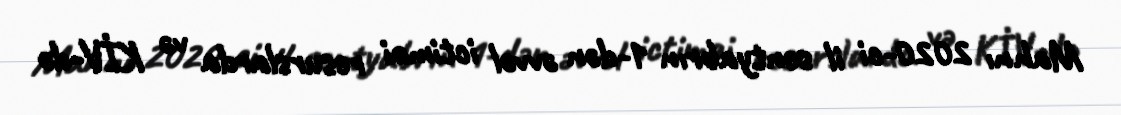
Mahnı 2020-ci il sentyabrın 1-dən əvvəl ictimai resurslarda və KİV-də